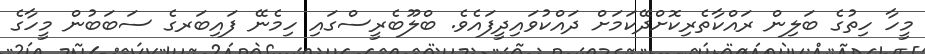
މީހާ ހިތުގެ ބަލިން ރައްކާތެރިކޮށްދޭކަމަށް ދައްކުވައިދީފައެވެ. ބްލޫބެރީސްގައި ހިމެނޭ ފައިބަރގެ ސަބަބުން މީހާގެ